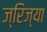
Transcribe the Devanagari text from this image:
ज्रिज्या